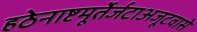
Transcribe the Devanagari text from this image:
हठेनाष्टमूर्तेर्जटाअजूटवासे